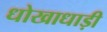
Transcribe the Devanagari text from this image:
धोखाधाड़ी